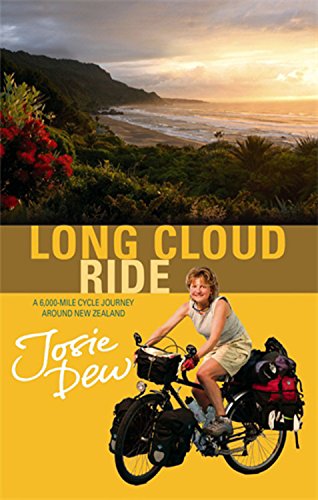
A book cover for Long Cloud Ride: A Cycling Adventure Across New Zealand; Josie Dew; Biographies & Memoirs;